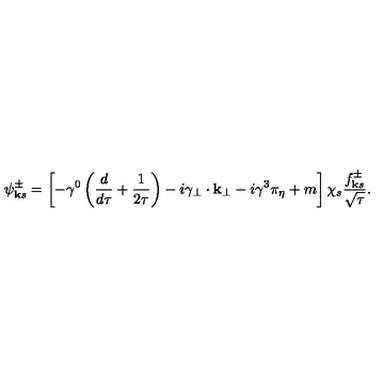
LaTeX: \psi _ { { \bf k } s } ^ { \pm } = \left[ - \gamma ^ { 0 } \left( { \frac { d } { d \tau } } + { \frac { 1 } { 2 \tau } } \right) - i \gamma _ { \bf { { \perp } } } \cdot { \bf { k _ { \perp } } } - i \gamma ^ { 3 } \pi _ { \eta } + m \right] \chi _ { s } { \frac { f _ { { \bf k } s } ^ { \pm } } { \sqrt \tau } } .